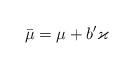
LaTeX: \begin{align*}\bar{\mu}=\mu+b^\prime\varkappa\end{align*}